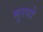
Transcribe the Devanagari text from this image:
मुरगो